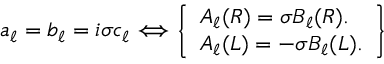
a _ { \ell } = b _ { \ell } = i \sigma c _ { \ell } \Longleftrightarrow \left\{ \begin{array} { l r } { A _ { \ell } ( R ) = \sigma B _ { \ell } ( R ) . } \\ { A _ { \ell } ( L ) = - \sigma B _ { \ell } ( L ) . } \end{array} \right\}